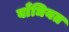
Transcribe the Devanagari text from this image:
बाँधियत